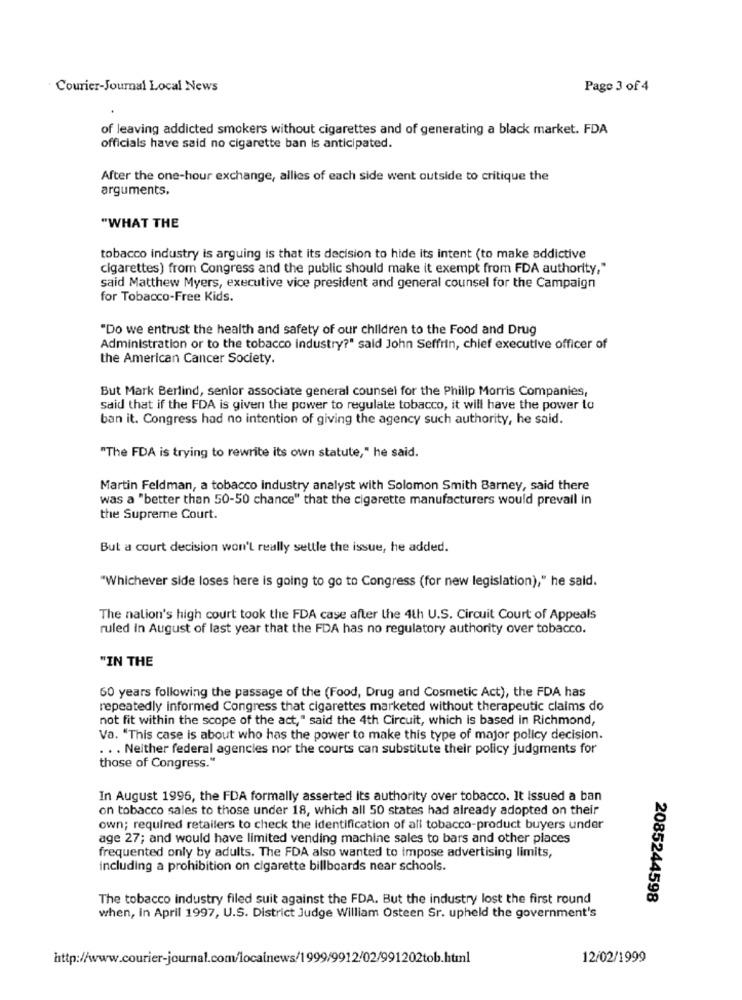
Courier-Journal Local News
Page 3 of 4
of leaving addicted smokers without cigarettes and of generating a black market. FDA
officials have said no cigarette ban is anticipated.
After the one-hour exchange, allies of each side went outside to critique the
arguments.
"WHAT THE
tobacco industry is arguing is that its decision to hide its intent (to make addictive
cigarettes) from Congress and the public should make it exempt from FDA authority,"
said Matthew Myers, executive vice president and general counsel for the Campaign
for Tobacco-Free Kids.
"Do we entrust the health and safety of our children to the Food and Drug
Administration or to the tobacco industry?" said John Seffrin, chief executive officer of
the American Cancer Society.
But Mark Berlind, senior associate general counsel for the Philip Morris Companies,
said that if the FDA is given the power to regulate tobacco, it will have the power to
ban it. Congress had no intention of giving the agency such authority, he said.
"The FDA is trying to rewrite its own statute," he said.
Martin Feldman, a tobacco Industry analyst with Solomon Smith Barney, said there
was a "better than 50-50 chance" that the cigarette manufacturers would prevail in
the Supreme Court.
But a court decision won't really settle the issue, he added.
"Whichever side loses here is going to go to Congress (for new legislation)," he said.
The nation's high court took the FDA case after the 4th U.S. Circuit Court of Appeals
ruled in August of last year that the FDA has no regulatory authority over tobacco.
"IN THE
60 years following the passage of the (Food, Drug and Cosmetic Act), the FDA has
repeatedly informed Congress that cigarettes marketed without therapeutic claims do
not fit within the scope of the act," said the 4th Circuit, which Is based in Richmond,
Va. "This case is about who has the power to make this type of major policy decision.
. .. Neither federal agencies nor the courts can substitute their policy judgments for
those of Congress."
In August 1996, the FDA formally asserted its authority over tobacco. It Issued a ban
on tobacco sales to those under 18, which all 50 states had already adopted on their
own; required retailers to check the identification of all tobacco-product buyers under
age 27; and would have limited vending machine sales to bars and other places
frequented only by adults. The FDA also wanted to impose advertising limits,
including a prohibition on cigarette billboards near schools.
The tobacco industry filed suit against the FDA. But the industry lost the first round
2085244598
when, in April 1997, U.S. District Judge William Osteen Sr. upheld the government's
http://www.courier-journal.com/localnews/1999/9912/02/991202tob.html
12/02/1999